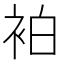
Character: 袙